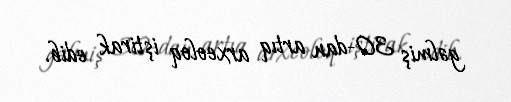
gəlmiş 30-dan artıq arxeoloq iştirak edib.